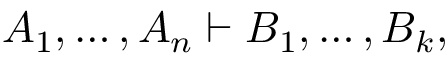
A _ { 1 } , \ldots , A _ { n } \vdash B _ { 1 } , \ldots , B _ { k } ,